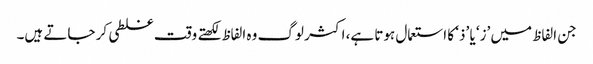
جن الفاظ میں ’ز‘ یا ’ذ‘ کا استعمال ہوتا ہے، اکثر لوگ وہ الفاظ لکھتے وقت غلطی کر جاتے ہیں۔